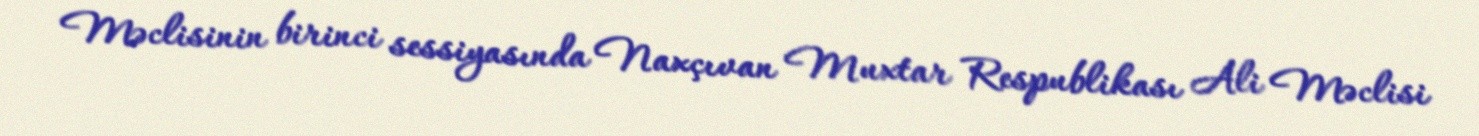
Məclisinin birinci sessiyasında Naxçıvan Muxtar Respublikası Ali Məclisi